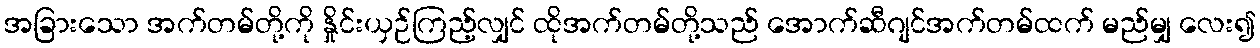
အခြားသော အက်တမ်တို့ကို နှိုင်းယှဉ်ကြည့်လျှင် ထိုအက်တမ်တို့သည် အောက်ဆီဂျင်အက်တမ်ထက် မည်မျှ လေး၍